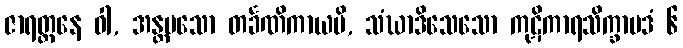
ဇာရတ္တနေ ဝါ, အန္တမသော တင်္ခဏိကာယပိ, သံဃာဒိသေသော ကုဋိကာရသိက္ခာပဒံ ၆